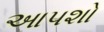
આપશો